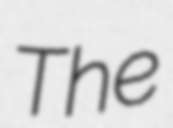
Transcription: The